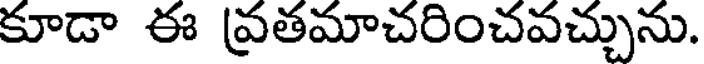
కూడా ఈ వ్రతమాచరించవచ్చును.